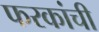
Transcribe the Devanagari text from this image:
फरकांची